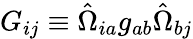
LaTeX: G_{ij}\equiv\hat{\Omega}_{ia}g_{ab}\hat{\Omega}_{bj}